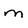
Character: m